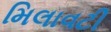
મિલાવટી